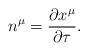
LaTeX: \begin{align*}n^\mu =\frac{\partial x^\mu }{\partial \tau }. \end{align*}